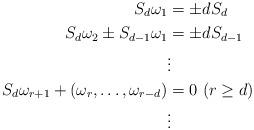
LaTeX: \begin{align*} S_d\omega_{1}&=\pm dS_d \\ S_d\omega_2\pm S_{d-1}\omega_1 &=\pm dS_{d-1} \\ & \vdots\\ S_d\omega_{r+1}+(\omega_r,\dots,\omega_{r-d})&=0\ (r\ge d)\\ & \vdots \end{align*}